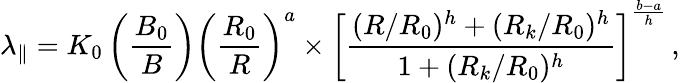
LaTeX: \lambda_{\parallel}=K_{0}\left(\frac{B_{0}}{B}\right)\left(\frac{R_{0}}{R}\right)^{a}\times\left[\frac{(R/R_{0})^{h}+(R_{k}/R_{0})^{h}}{1+(R_{k}/R_{0})^{h}}\right]^{\frac{b-a}{h}}\, ,